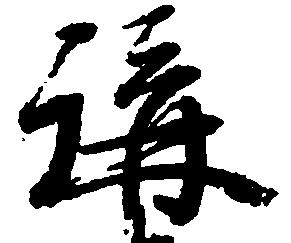
講